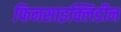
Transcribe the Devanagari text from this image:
फिनसाइक्लिडीन